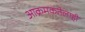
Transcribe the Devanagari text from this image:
आक्रमकतेलाही